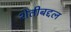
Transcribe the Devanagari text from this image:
शेतीबद्दल